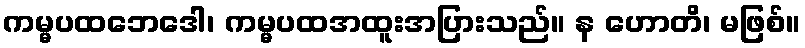
ကမ္မပထဘေဒေါ၊ ကမ္မပထအထူးအပြားသည်။ န ဟောတိ၊ မဖြစ်။